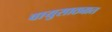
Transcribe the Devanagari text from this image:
वायुसाठ्यात